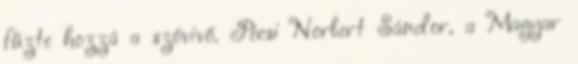
fűzte hozzá a szóvivő. Pécsi Norbert Sándor, a Magyar